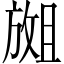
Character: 𫿇